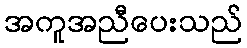
အကူအညီပေးသည်